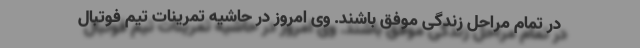
در تمام مراحل زندگی موفق باشند. وی امروز در حاشیه تمرینات تیم فوتبال